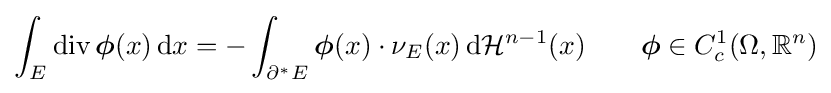
\int _{E}\operatorname {div} {\boldsymbol {\phi }}(x)\,\mathrm {d} x=-\int _{\partial ^{*}E}{\boldsymbol {\phi }}(x)\cdot \nu _{E}(x)\,\mathrm {d} {\mathcal {H}}^{n-1}(x)\qquad {\boldsymbol {\phi }}\in C_{c}^{1}(\Omega ,\mathbb {R} ^{n})